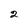
Character: 2